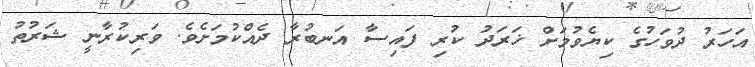
އަހަރު ދުވަހުގެ ކިޔެވުމަށް ޚަރަދު ކުރި ފައިސާ އަނބުރާ ދެއްކުމަށެވެ. ވަރިކުރާނީ ޝަރުތު